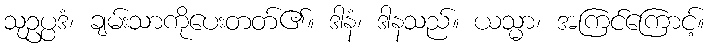
သုဥပ္ပဒံ၊ ချမ်းသာကိုပေးတတ်၏။ ဒါနံ၊ ဒါနသည်။ ယသ္မာ၊ အကြင်ကြောင့်။